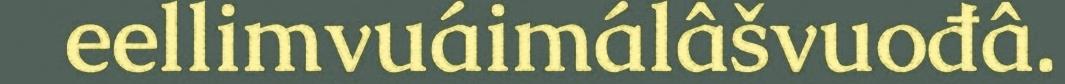
eellimvuáimálâšvuođâ.